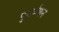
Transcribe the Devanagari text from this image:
पुनर्वणन